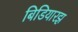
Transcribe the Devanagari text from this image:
बिडियारझ